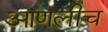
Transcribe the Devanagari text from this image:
आणलीच